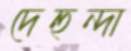
দেহুন্দা